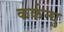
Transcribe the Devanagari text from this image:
कर्कन्धु